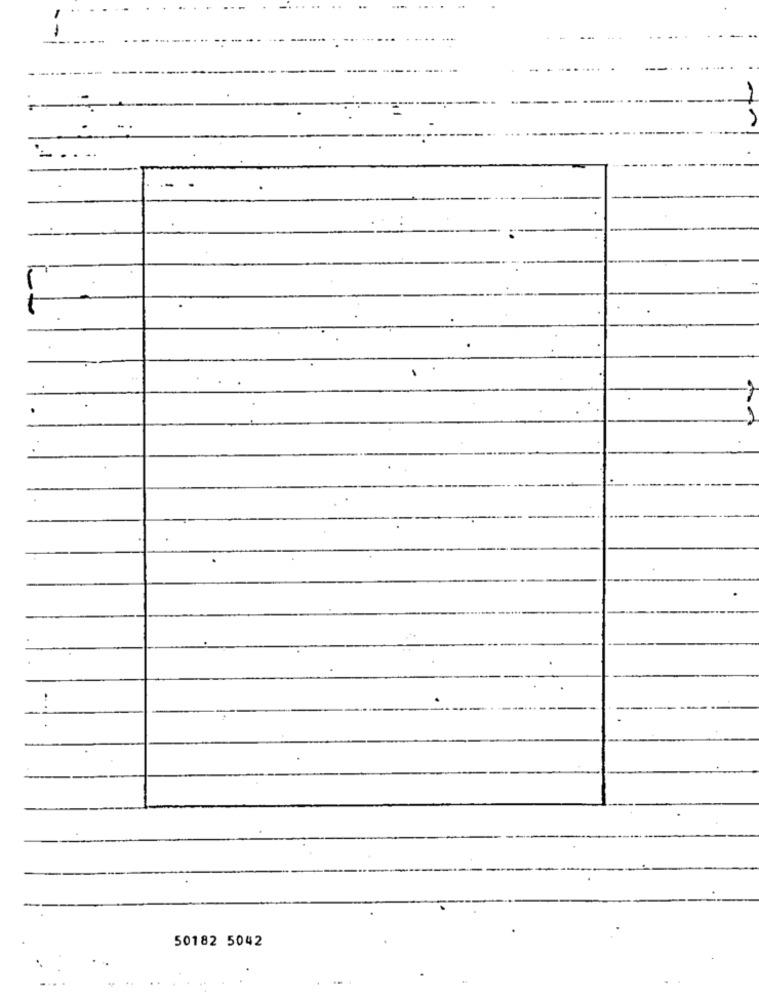
50182 5042